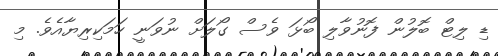
ޑި ލިޓް ބޮލުން ފޮނުވާލި ބޯޅަ ވެސް ގޯލަށް ނުވަނީ ހަމަކިރިޔާއެވެ. މި